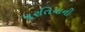
મૂરતિયાની